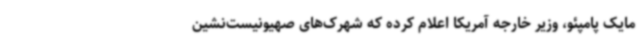
مایک پامپئو، وزیر خارجه آمریکا اعلام کرده که شهرک‌های صهیونیست‌نشین